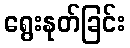
ရွေးနုတ်ခြင်း